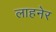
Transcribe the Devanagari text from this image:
लाहनेर